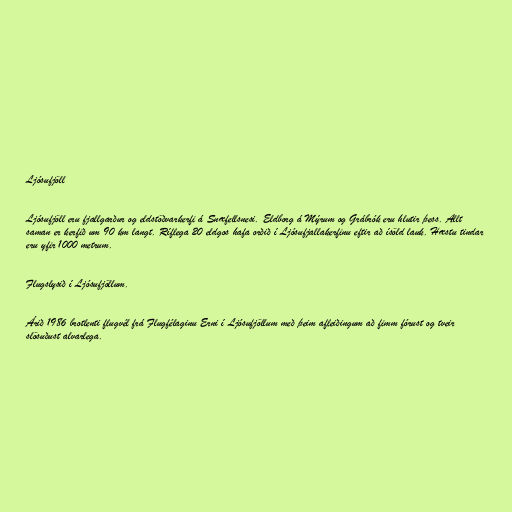
Ljósufjöll

Ljósufjöll eru fjallgarður og eldstöðvarkerfi á Snæfellsnesi. Eldborg á Mýrum og Grábrók eru hlutir þess. Allt
saman er kerfið um 90 km langt. Ríflega 20 eldgos hafa orðið í Ljósufjallakerfinu eftir að ísöld lauk. Hæstu tindar
eru yfir 1000 metrum.

Flugslysið í Ljósufjöllum.

Árið 1986 brotlenti flugvél frá Flugfélaginu Erni í Ljósufjöllum með þeim afleiðingum að fimm fórust og tveir
slösuðust alvarlega.